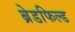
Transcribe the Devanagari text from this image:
ब्रेडफिल्ड